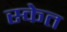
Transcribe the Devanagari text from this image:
स्केत